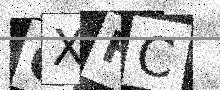
Text: GXHC